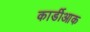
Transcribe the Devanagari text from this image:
कार्डीआक